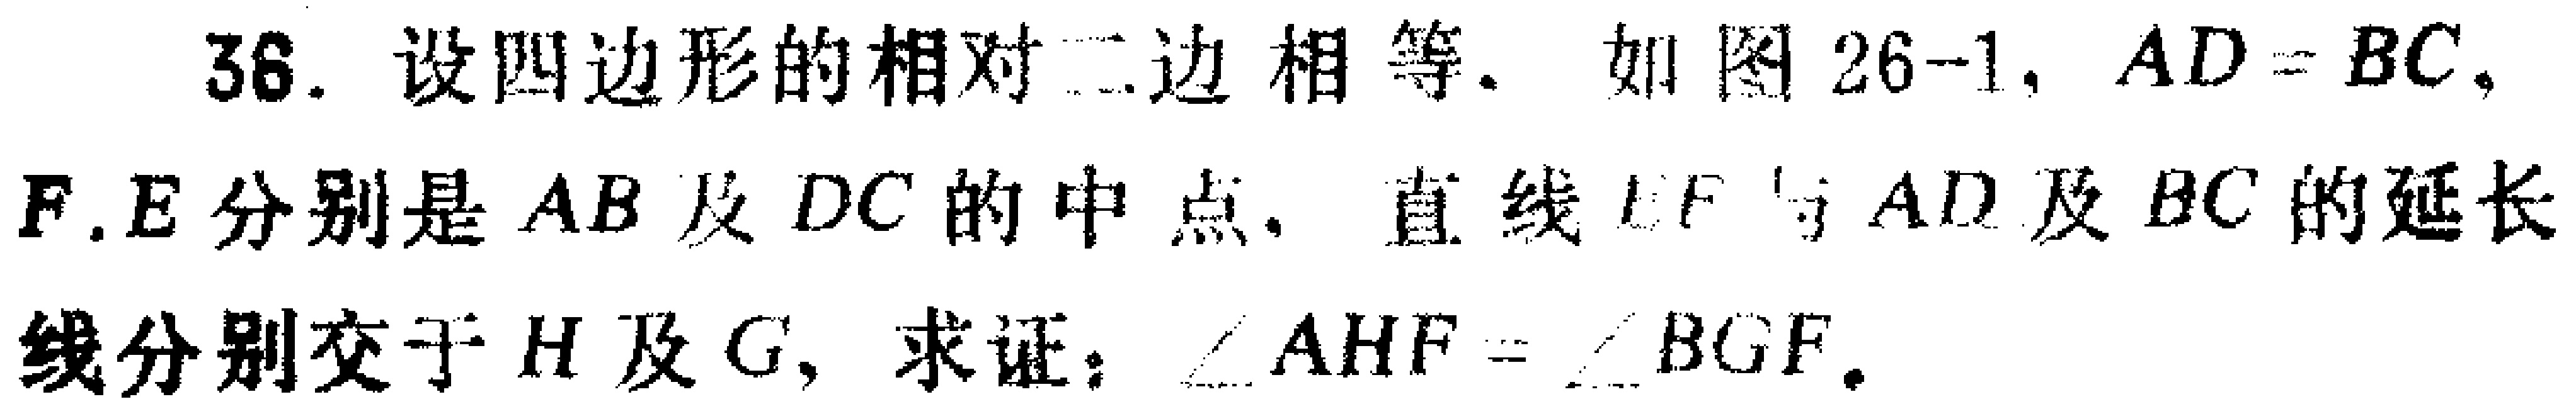
36. 设四边形的相对二边相等. 如图 26-1, \(AD = BC\), \(F,E\)分别是 \(AB\)及 \(DC\)的中点, 直线 \(EF\)与 \(AD\)及 \(BC\)的延长线分别交于 \(H\)及 \(G\), 求证：\(\angle AHF=\angle BGF\).